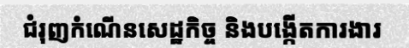
ជំរុញកំណើនសេដ្ឋកិច្ច និងបង្កើតការងារ